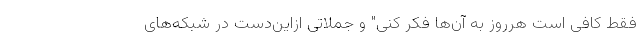
فقط کافی است هرروز به آن‌ها فکر کنی" و جملاتی ازاین‌دست در شبکه‌های